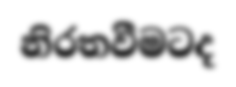
නිරතවීමටද